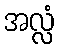
အလ္လံ